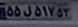
۵۵ل۵۱۷۵۳